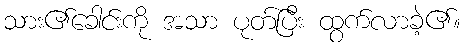
သား၏ခေါင်းကို အသာ ပုတ်ပြီး ထွက်လာခဲ့၏။